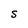
Character: S